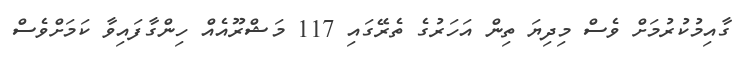
ގާއިމުކުރުމަށް ވެސް މިދިޔަ ތިން އަހަރުގެ ތެރޭގައި 117 މަޝްރޫއެއް ހިންގާފައިވާ ކަމަށްވެސް